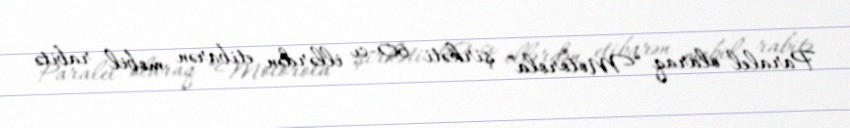
Paralel olaraq “Motorola” şirkəti 60-cı illərdən etibarən mobil rabitə